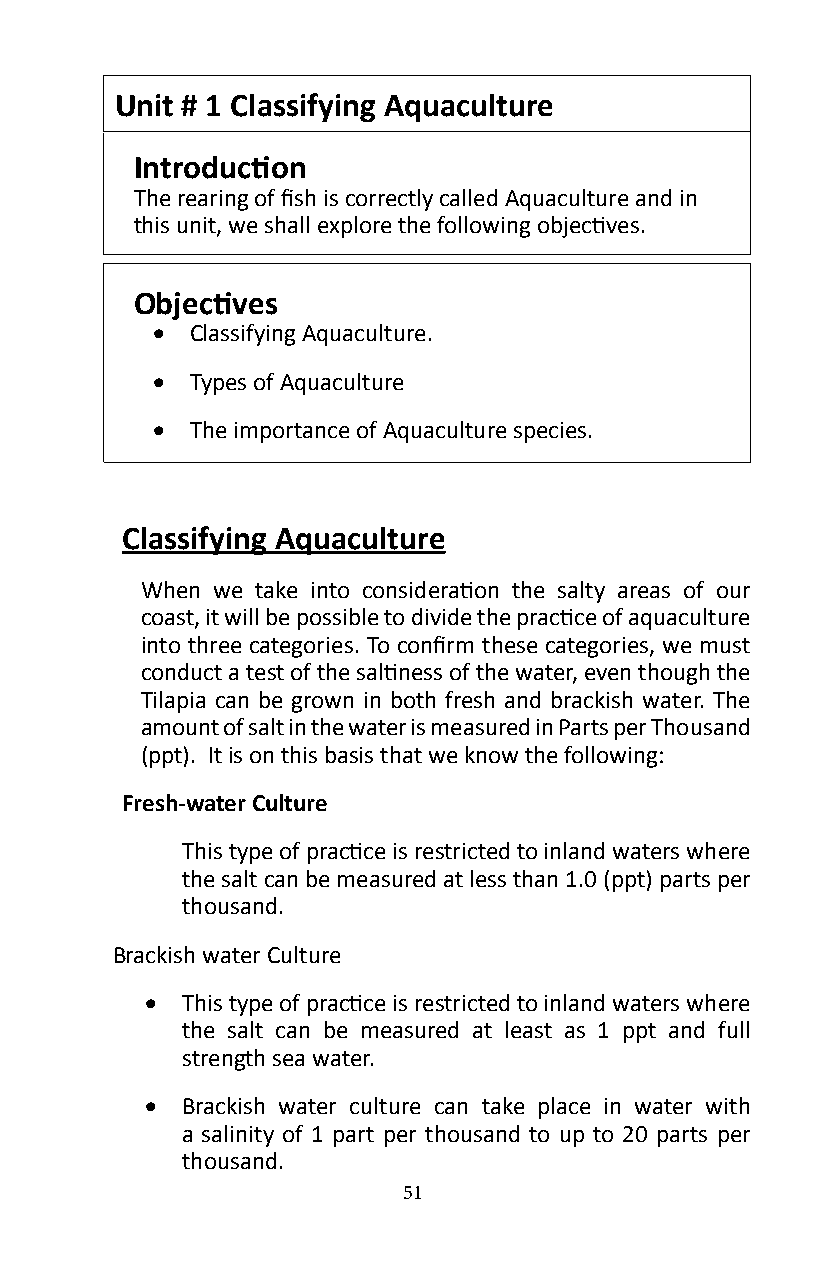
Unit # 1 Classifying Aquaculture
 Introduction
 The rearing of fish is correctly called Aquaculture and in
 this unit, we shall explore the following objectives.
 Objectives
 •  Classifying Aquaculture�
 •  Types of Aquaculture
 •  The importance of Aquaculture species�
 Classifying Aquaculture
 When we take into consideration the salty areas of our
 coast, it will be possible to divide the practice of aquaculture
 into three categories. To confirm these categories, we must
 conduct a test of the saltiness of the water, even though the
 Tilapia can be grown in both fresh and brackish water� The
 amount of salt in the water is measured in Parts per Thousand
 (ppt). It is on this basis that we know the following:
 Fresh-water Culture
 This type of practice is restricted to inland waters where
 the salt can be measured at less than 1.0 (ppt) parts per
 thousand�
 Brackish water Culture
 • This type of practice is restricted to inland waters where
 the salt can be measured at least as 1 ppt and full
 strength sea water�
 • Brackish water culture can take place in water with
 a salinity of 1 part per thousand to up to 20 parts per
 thousand�
 51